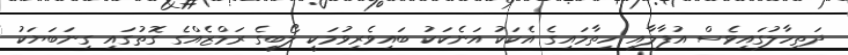
ދަތިހާލުގައިވެސް އުފާލާއި ހިތާމައިގެ އެކަކު އަނެކަކު ބައިވެރިވުމަކީ ލޯބީގެ ރަމްޒެއްގެ ގޮތުގައި ގިނަބަޔަކު